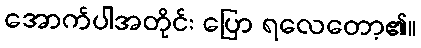
အောက်ပါအတိုင်း ပြော ရလေတော့၏။